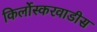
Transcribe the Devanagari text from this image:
किर्लोस्करवाडीस